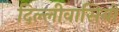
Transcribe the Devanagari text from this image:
दिल्लीवासियों